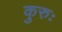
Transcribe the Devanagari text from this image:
कुरुः